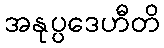
အနုပ္ပဒေဟီတိ